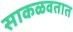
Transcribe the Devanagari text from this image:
साकळवतात